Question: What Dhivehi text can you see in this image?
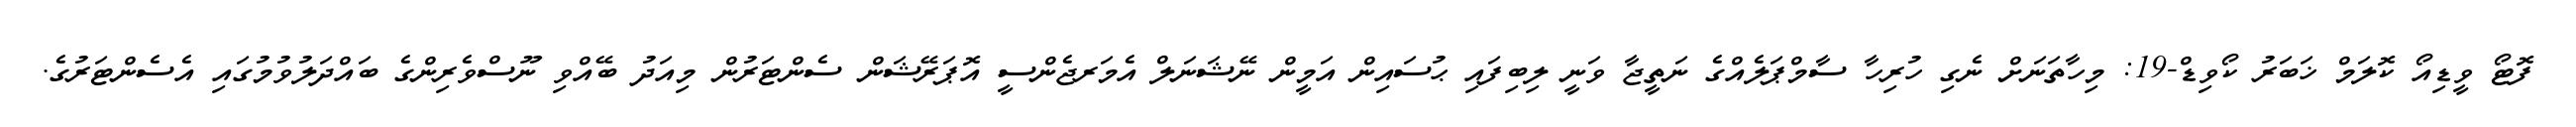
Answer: ފޮޓޯ ވީޑިއޯ ކޮލަމް ޚަބަރު ކޯވިޑް-19: މިހާތަނަށް ނެގި ހުރިހާ ސާމްޕަލެއްގެ ނަތީޖާ ވަނީ ލިބިފައި ޙުސައިން އަމީން ނޭޝަނަލް އެމަރޖެންސީ އޮޕަރޭޝަން ސެންޓަރުން މިއަދު ބޭއްވި ނޫސްވެރިންގެ ބައްދަލުވުމުގައި އެސެންޓަރުގެ.